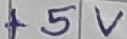
Text: +5V